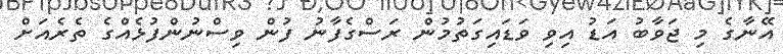
އޭނާގެ މި ޖަވާބު އަޑު އިވި ވަޑައިގަތުމުން ރަސްގެފާނު ފުން ވިސްނުންފުޅެއްގެ ތެރެއަށް